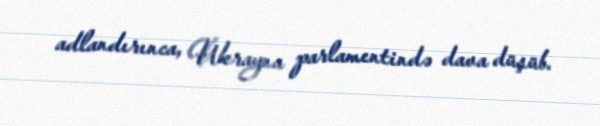
adlandırınca, Ukrayna parlamentində dava düşüb.